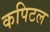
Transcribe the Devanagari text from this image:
कपिटल